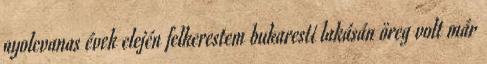
nyolcvanas évek elején felkerestem bukaresti lakásán öreg volt már